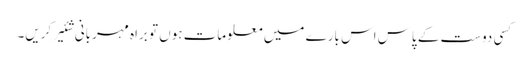
کسی دوست کے پاس اس بارے میں معلومات ہوں تو براہ مہربانی شئیر کریں۔